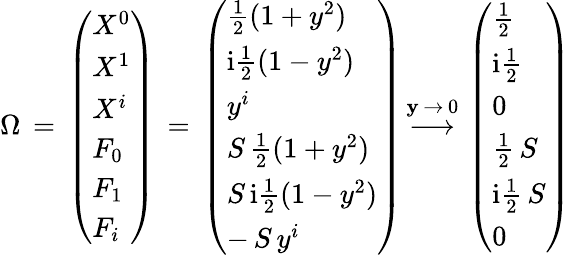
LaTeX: \Omega\, =\, \left(\begin{array}{l}{{X^{0}}}\\ {{X^{1}}}\\ {{X^{i}}}\\ {{F_{0}}}\\ {{F_{1}}}\\ {{F_{i}}}\end{array}\right)\, =\, \left(\begin{array}{l}{{\frac{1}{2}(1+y^{2})}}\\ {{\mathrm{i}\frac{1}{2}(1-y^{2})}}\\ {{y^{i}}}\\ {{S\, \frac{1}{2}(1+y^{2})}}\\ {{S\, \mathrm{i}\frac{1}{2}(1-y^{2})}}\\ {{-\, S\, y^{i}}}\end{array}\right)\, {\stackrel{\mathbf{y}\, \to\, 0}{\longrightarrow}}\, \left(\begin{array}{l}{{\frac{1}{2}}}\\ {{\mathrm{i}\frac{1}{2}}}\\ {{0}}\\ {{\frac{1}{2}\, S}}\\ {{\mathrm{i}\frac{1}{2}\, S}}\\ {{0}}\end{array}\right)